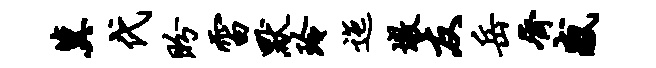
冀代盼雷默玲迤墩友岳齐感